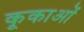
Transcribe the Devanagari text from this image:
कूकाओं